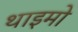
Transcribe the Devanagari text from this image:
थाइमो